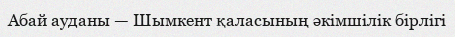
Абай ауданы — Шымкент қаласының әкімшілік бірлігі